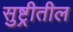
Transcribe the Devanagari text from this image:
सुष्ट्रीतील